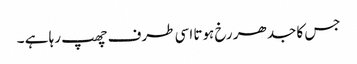
جس کا جدھر رخ ہوتا اسی طرف چھپ رہا ہے ۔